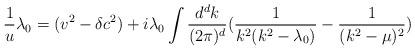
LaTeX: \begin{align*}\frac{1}{u} \lambda_0 = (v^2 - \delta c^2)+i\lambda_0\int \frac{d^d k}{(2\pi)^d}(\frac{1}{k^2(k^2- \lambda_0)} - \frac{1}{(k^2-\mu)^2})\end{align*}